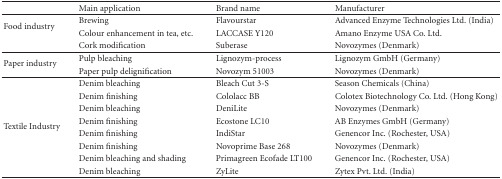
<table><thead><tr><td></td><td><b>Main application</b></td><td><b>Brand name</b></td><td><b>Manufacturer</b></td></tr></thead><tbody><tr><td rowspan="2">Food industry</td><td>Brewing</td><td>Flavourstar</td><td>Advanced Enzyme Technologies Ltd. (India)</td></tr><tr><td>Colour enhancement in tea, etc.</td><td>LACCASE Y120</td><td>Amano Enzyme USA Co. Ltd.</td></tr><tr><td></td><td>Cork modification</td><td>Suberase</td><td>Novozymes (Denmark) </td></tr><tr><td rowspan="2">Paper industry</td><td>Pulp bleaching</td><td>Lignozym-process</td><td>Lignozym GmbH (Germany)</td></tr><tr><td>Paper pulp delignification</td><td>Novozym 51003</td><td>Novozymes (Denmark) </td></tr><tr><td rowspan="8">Textile Industry</td><td>Denim bleaching</td><td>Bleach Cut 3-S</td><td>Season Chemicals (China)</td></tr><tr><td>Denim finishing</td><td>Cololacc BB</td><td>Colotex Biotechnology Co. Ltd. (Hong Kong)</td></tr><tr><td>Denim bleaching</td><td>DeniLite</td><td>Novozymes (Denmark)</td></tr><tr><td>Denim finishing</td><td>Ecostone LC10</td><td>AB Enzymes GmbH (Germany)</td></tr><tr><td>Denim finishing</td><td>IndiStar</td><td>Genencor Inc. (Rochester, USA)</td></tr><tr><td>Denim finishing</td><td>Novoprime Base 268</td><td>Novozymes (Denmark)</td></tr><tr><td>Denim bleaching and shading</td><td>Primagreen Ecofade LT100</td><td>Genencor Inc. (Rochester, USA)</td></tr><tr><td>Denim bleaching</td><td>ZyLite</td><td>Zytex Pvt. Ltd. (India)</td></tr></tbody></table>